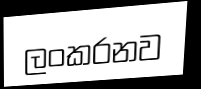
ලංකරනව